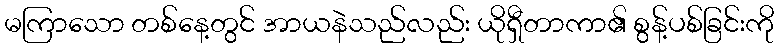
မကြာသော တစ်နေ့တွင် အာယနဲသည်လည်း ယိုရှီတာကာ၏ စွန့်ပစ်ခြင်းကို